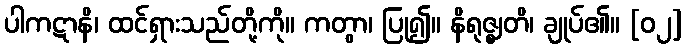
ပါကဋာနိ၊ ထင်ရှားသည်တို့ကို။ ကတွာ၊ ပြု၍။ နိရုဇ္ဈတိ၊ ချုပ်၏။ [၀၂]